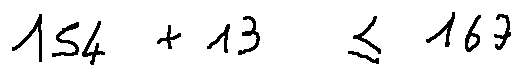
1 5 4 + 1 3 \leq 1 6 7